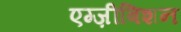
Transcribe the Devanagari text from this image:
एग्ज़ीबिशन